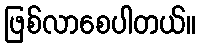
ဖြစ်လာစေပါတယ်။